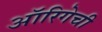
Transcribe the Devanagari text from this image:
ऑरिगेची